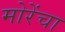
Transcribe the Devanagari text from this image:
मोरेंचा